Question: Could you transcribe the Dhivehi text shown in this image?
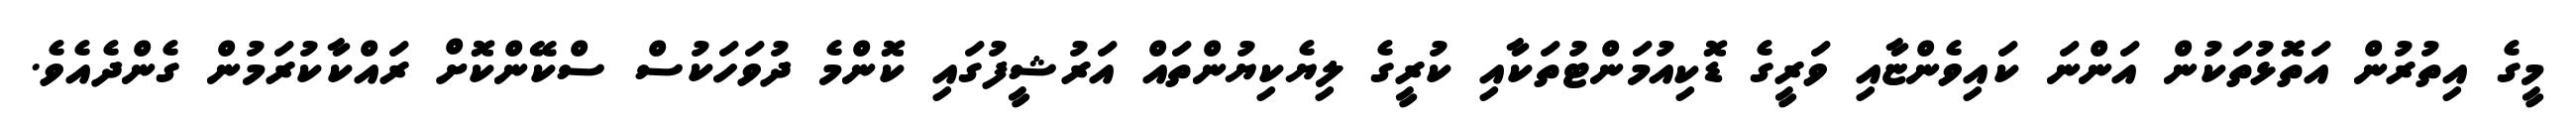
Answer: މީގެ އިތުރުން އަތޮޅުތަކުން އަންނަ ކައިވެންޏާއި ވަރީގެ ޑޮކިއުމަންޓުތަކާއި ކުރީގެ ލިޔެކިޔުންތައް އަރުޝީފުގައި ކޮންމެ ދުވަހަކުސް ސްކޭންކޮށް ރައްކާކުރަމުން ގެންދެއެވެ.